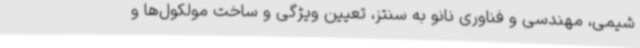
شیمی، مهندسی و فناوری نانو به سنتز، تعیین ویژگی و ساخت مولکول‌ها و